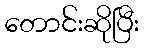
တောင်းဆိုပြီး